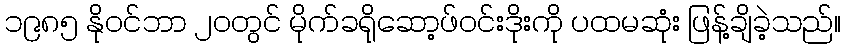
၁၉၈၅ နိုဝင်ဘာ ၂၀တွင် မိုက်ခရိုဆော့ဖ်ဝင်းဒိုးကို ပထမဆုံး ဖြန့်ချိခဲ့သည်။